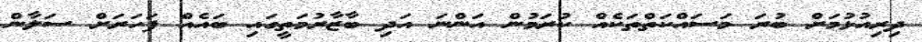
ދިރިއުޅުމަށް ބުރަ މަސައްކަތްތަކެއް ކުރަމުން އަންނަ އަދި ބާޒާރުމަތީގައި ބައެއް ފަހަރަށް ސަލާން